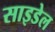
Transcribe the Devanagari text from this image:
साइडेल